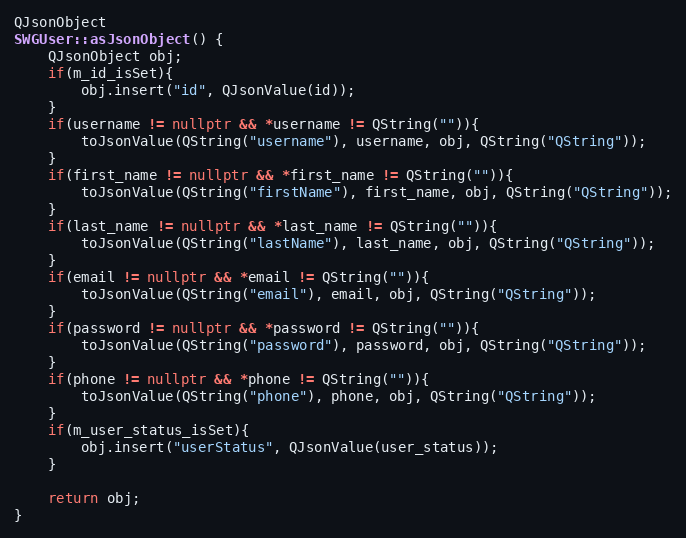
Language: C++
QJsonObject
SWGUser::asJsonObject() {
    QJsonObject obj;
    if(m_id_isSet){
        obj.insert("id", QJsonValue(id));
    }
    if(username != nullptr && *username != QString("")){
        toJsonValue(QString("username"), username, obj, QString("QString"));
    }
    if(first_name != nullptr && *first_name != QString("")){
        toJsonValue(QString("firstName"), first_name, obj, QString("QString"));
    }
    if(last_name != nullptr && *last_name != QString("")){
        toJsonValue(QString("lastName"), last_name, obj, QString("QString"));
    }
    if(email != nullptr && *email != QString("")){
        toJsonValue(QString("email"), email, obj, QString("QString"));
    }
    if(password != nullptr && *password != QString("")){
        toJsonValue(QString("password"), password, obj, QString("QString"));
    }
    if(phone != nullptr && *phone != QString("")){
        toJsonValue(QString("phone"), phone, obj, QString("QString"));
    }
    if(m_user_status_isSet){
        obj.insert("userStatus", QJsonValue(user_status));
    }

    return obj;
}